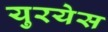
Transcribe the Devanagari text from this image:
युरयेस